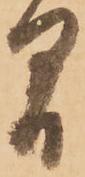
間